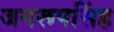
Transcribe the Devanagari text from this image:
जगरूपसिंह